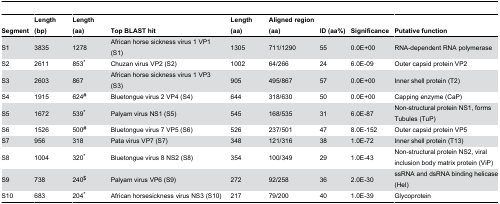
<table><thead><tr><td><b>Segment</b></td><td><b>Length (bp)</b></td><td><b>Length (aa)</b></td><td><b>Top BLAST hit</b></td><td><b>Length (aa)</b></td><td><b>Aligned region (aa)</b></td><td><b>ID (aa%)</b></td><td><b>Significance</b></td><td><b>Putative function </b></td></tr></thead><tbody><tr><td>S1</td><td>3835</td><td>1278</td><td>African horse sickness virus 1 VP1 (S1)</td><td>1305</td><td>711/1290 </td><td>55</td><td>0.0E+00</td><td>RNA-dependent RNA polymerase</td></tr><tr><td>S2</td><td>2611</td><td>853*</td><td>Chuzan virus VP2 (S2)</td><td>1002</td><td>64/266 </td><td>24</td><td>6.0E-09</td><td>Outer capsid protein VP2</td></tr><tr><td>S3</td><td>2603</td><td>867</td><td>African horse sickness virus 1 VP3 (S3)</td><td>905</td><td>495/867 </td><td>57</td><td>0.0E+00</td><td>Inner shell protein (T2)</td></tr><tr><td>S4</td><td>1915</td><td>624<sup>#</sup></td><td>Bluetongue virus 2 VP4 (S4)</td><td>644</td><td>318/630 </td><td>50</td><td>0.0E+00</td><td>Capping enzyme (CaP)</td></tr><tr><td>S5</td><td>1672</td><td>539*</td><td>Palyam virus NS1 (S5)</td><td>545</td><td>168/535 </td><td>31</td><td>6.0E-87</td><td>Non-structural protein NS1, forms Tubules (TuP)</td></tr><tr><td>S6</td><td>1526</td><td>500<sup>#</sup></td><td>Bluetongue virus 7 VP5 (S6)</td><td>526</td><td>237/501 </td><td>47</td><td>8.0E-152</td><td>Outer capsid protein VP5 </td></tr><tr><td>S7</td><td>956</td><td>318</td><td>Pata virus VP7 (S7)</td><td>348</td><td>121/316 </td><td>38</td><td>1.0E-72</td><td>Inner shell protein (T13)</td></tr><tr><td>S8</td><td>1004</td><td>320*</td><td>Bluetongue virus 8 NS2 (S8)</td><td>354</td><td>100/349 </td><td>29</td><td>1.0E-43</td><td>Non-structural protein NS2, viral inclusion body matrix protein (ViP)</td></tr><tr><td>S9</td><td>738</td><td>240<sup>$</sup></td><td>Palyam virus VP6 (S9)</td><td>272</td><td>92/258 </td><td>36</td><td>2.0E-30</td><td>ssRNA and dsRNA binding helicase (Hel)</td></tr><tr><td>S10</td><td>683</td><td>204*</td><td>African horsesickness virus NS3 (S10)</td><td>217</td><td>79/200 </td><td>40</td><td>1.0E-39</td><td>Glycoprotein</td></tr></tbody></table>